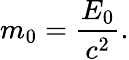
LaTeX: m_{0}={\frac{E_{0}}{c^{2}}}.